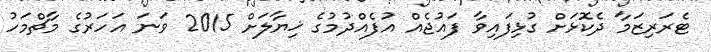
ޓެރަރިޒަމާ ދެކޮޅަށް ގުޅިފައިވާ ފައުޖެއް އުފެއްދުމުގެ ޚިޔާލަށް 2015 ވަނަ އަހަރުގެ މާޗްމަހު